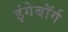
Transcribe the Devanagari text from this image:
इंगेबॉर्ग